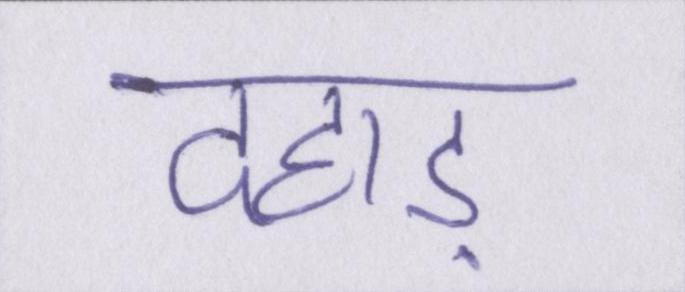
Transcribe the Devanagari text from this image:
दहाड़